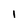
Character: 1